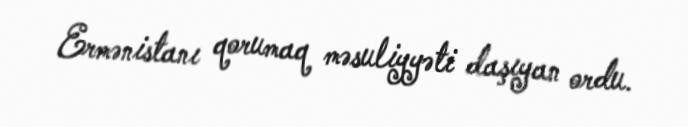
Ermənistanı qorumaq məsuliyyəti daşıyan ordu.